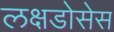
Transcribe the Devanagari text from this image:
लक्षडोसेस